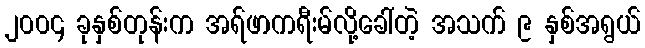
၂၀၀၄ ခုနှစ်တုန်းက အရ်ဖာကရီးမ်လို့ခေါ်တဲ့ အသက် ၉ နှစ်အရွယ်